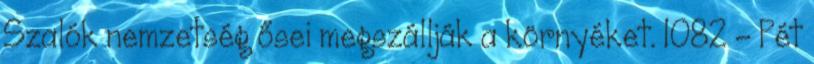
Szalók nemzetség ősei megszállják a környéket. 1082 – Pét